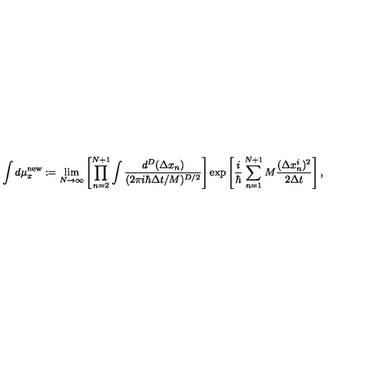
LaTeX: \int d \mu _ { x } ^ { \mathrm { n e w } } : = \lim _ { N \rightarrow \infty } \left[ \prod _ { n = 2 } ^ { N + 1 } \int \frac { d ^ { D } ( \Delta x _ { n } ) } { ( 2 \pi i \hbar \Delta t / M ) ^ { D / 2 } } \right] \exp \left[ \frac { i } { \hbar } \sum _ { n = 1 } ^ { N + 1 } M \frac { ( \Delta x _ { n } ^ { i } ) ^ { 2 } } { 2 \Delta t } \right] ,